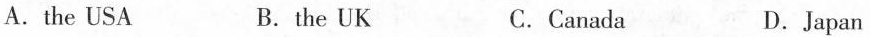
A.the USA B.the UK C.Canada D.Japan